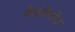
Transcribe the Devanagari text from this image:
बैडवैगोन